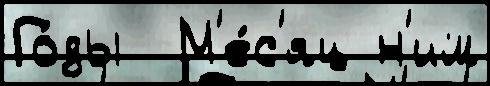
Го́ды  М'е́с'яц н'им